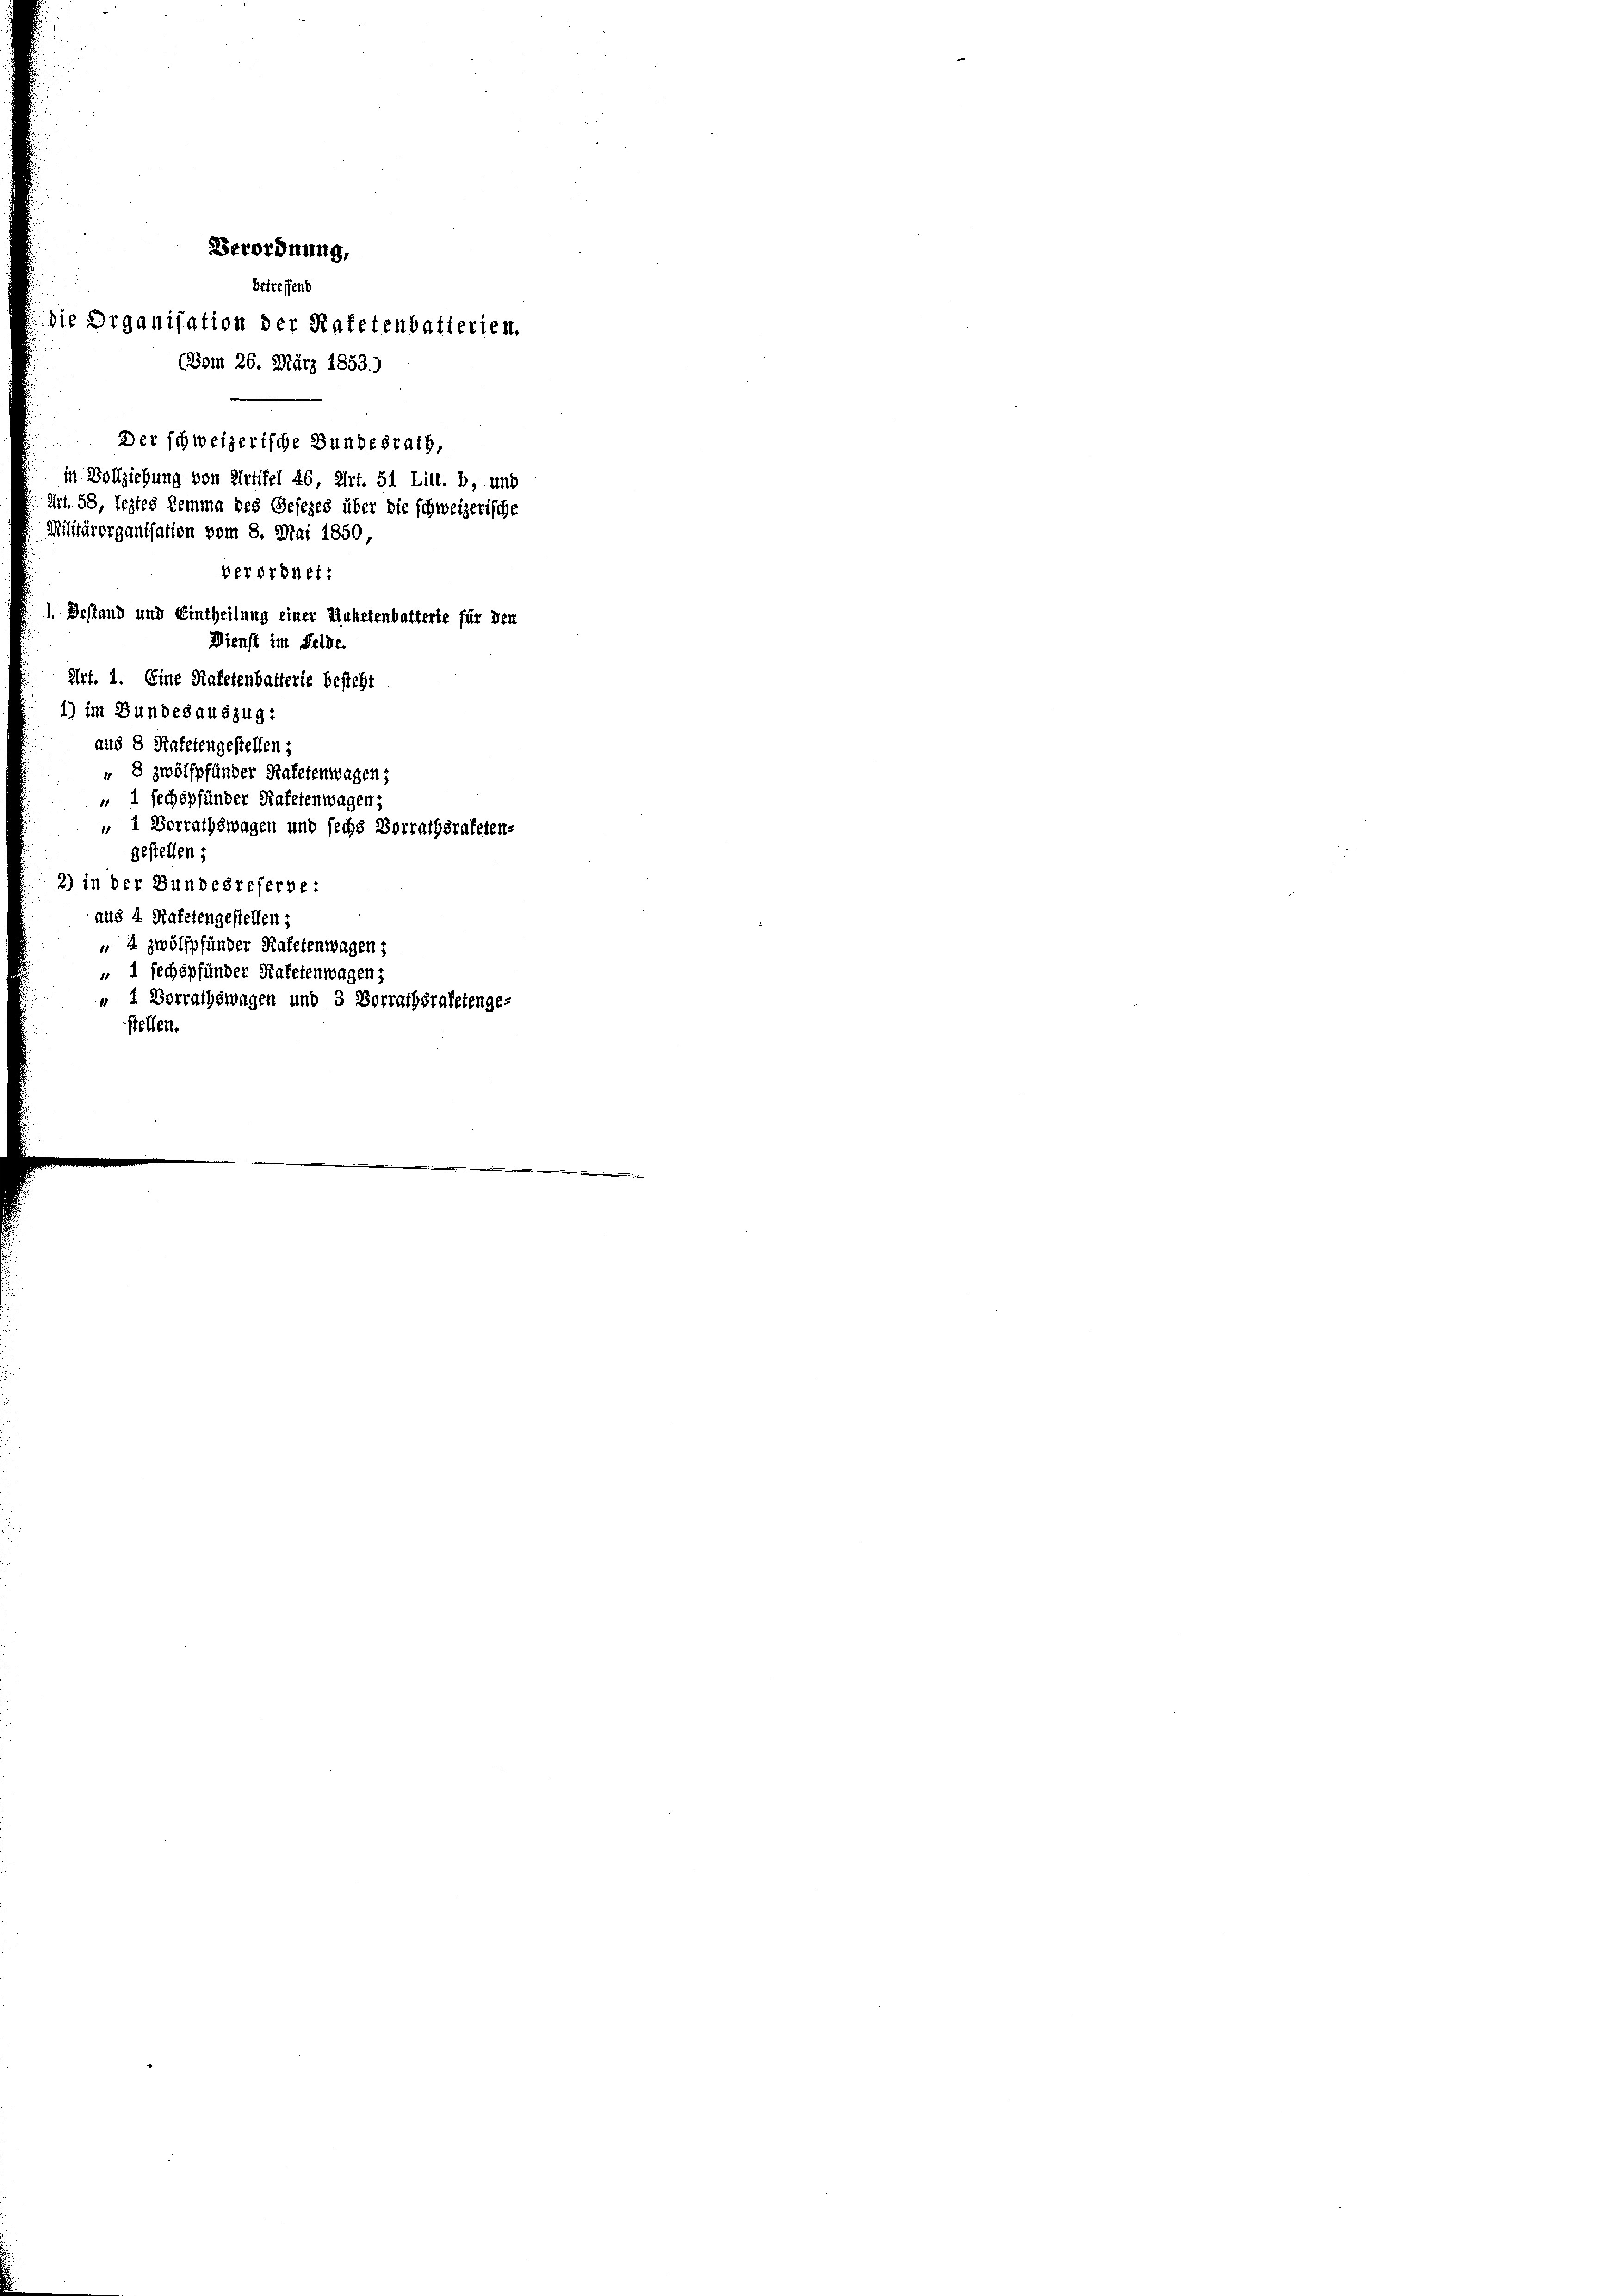
Verordnung,
betreffend
die Organisation der Hafetenbatterien.
(Bom 26. März 1853.)
Der schweizerische Bundesrath,
in Vollziehung von Artikel 46, Art. 51 Litt. b, und
Art. 58, leztes Lemma des Gesezes über die schweizerische
Militärorganisation vom 8. Mai 1850,
verordnet:
1. Bestand und Eintheilung einer Ruhetenbetterie für den
Dienst im Felde.
Art. 1. Eine Rafetenbatterie besteht
1) im Bundesauszug:
aug 8 Katetengestellen;
" 8 zwölfpfünder Hafetenwagen;
 1 sechspfänder Ratetenwagen;
" 1 Vorrathswagen und sechs Vorrathsrateten-
gestellen;
2) in der Bundesreferbei
aug 4 Rafetengestellen;
4 zwölfpfünder Hafetenwagen;
" 1 sechspfünder Hafetenwagen;
" 1 Vorrathswagen und 3 Vorrathsratetenge-
stellen.